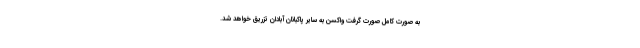
به صورت کامل صورت گرفت واکسن به سایر پاکبانان آبادان تزریق خواهد شد.